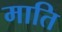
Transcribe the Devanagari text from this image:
माति